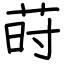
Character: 莳